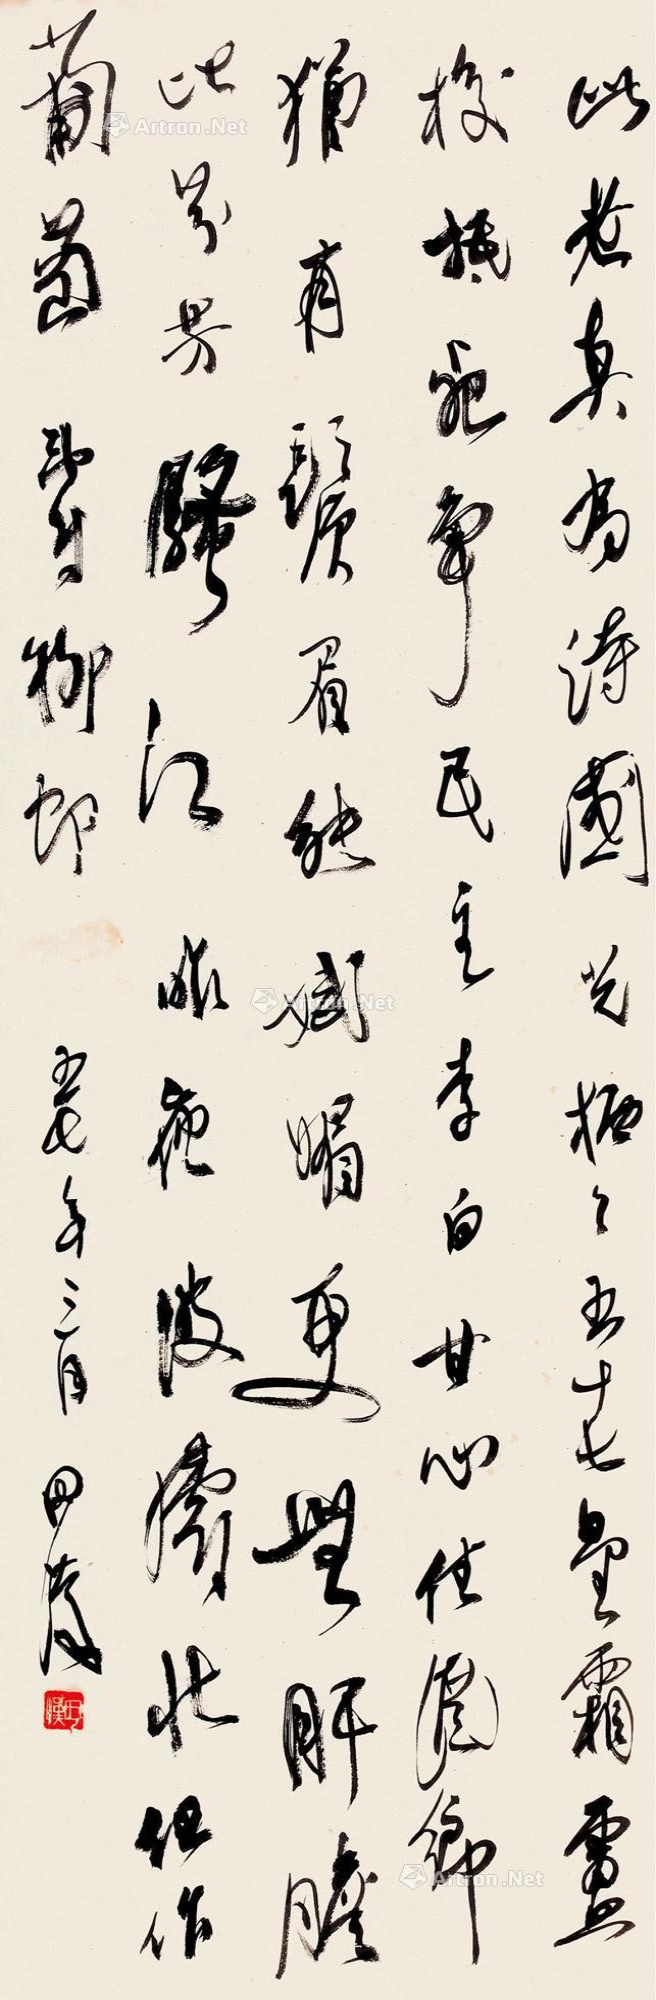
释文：此老真为诗国光，栖栖五十七星霜。卢梭抵死争民主，李白甘心住酒乡。犹有须眉能妩媚，更无肝胆比芬芳。骚江昨夜波涛壮，但作葡萄寿柳郎。